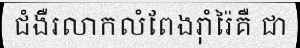
ជំងឺរលាកលំពែងរ៉ាំរ៉ៃគឺ ជា